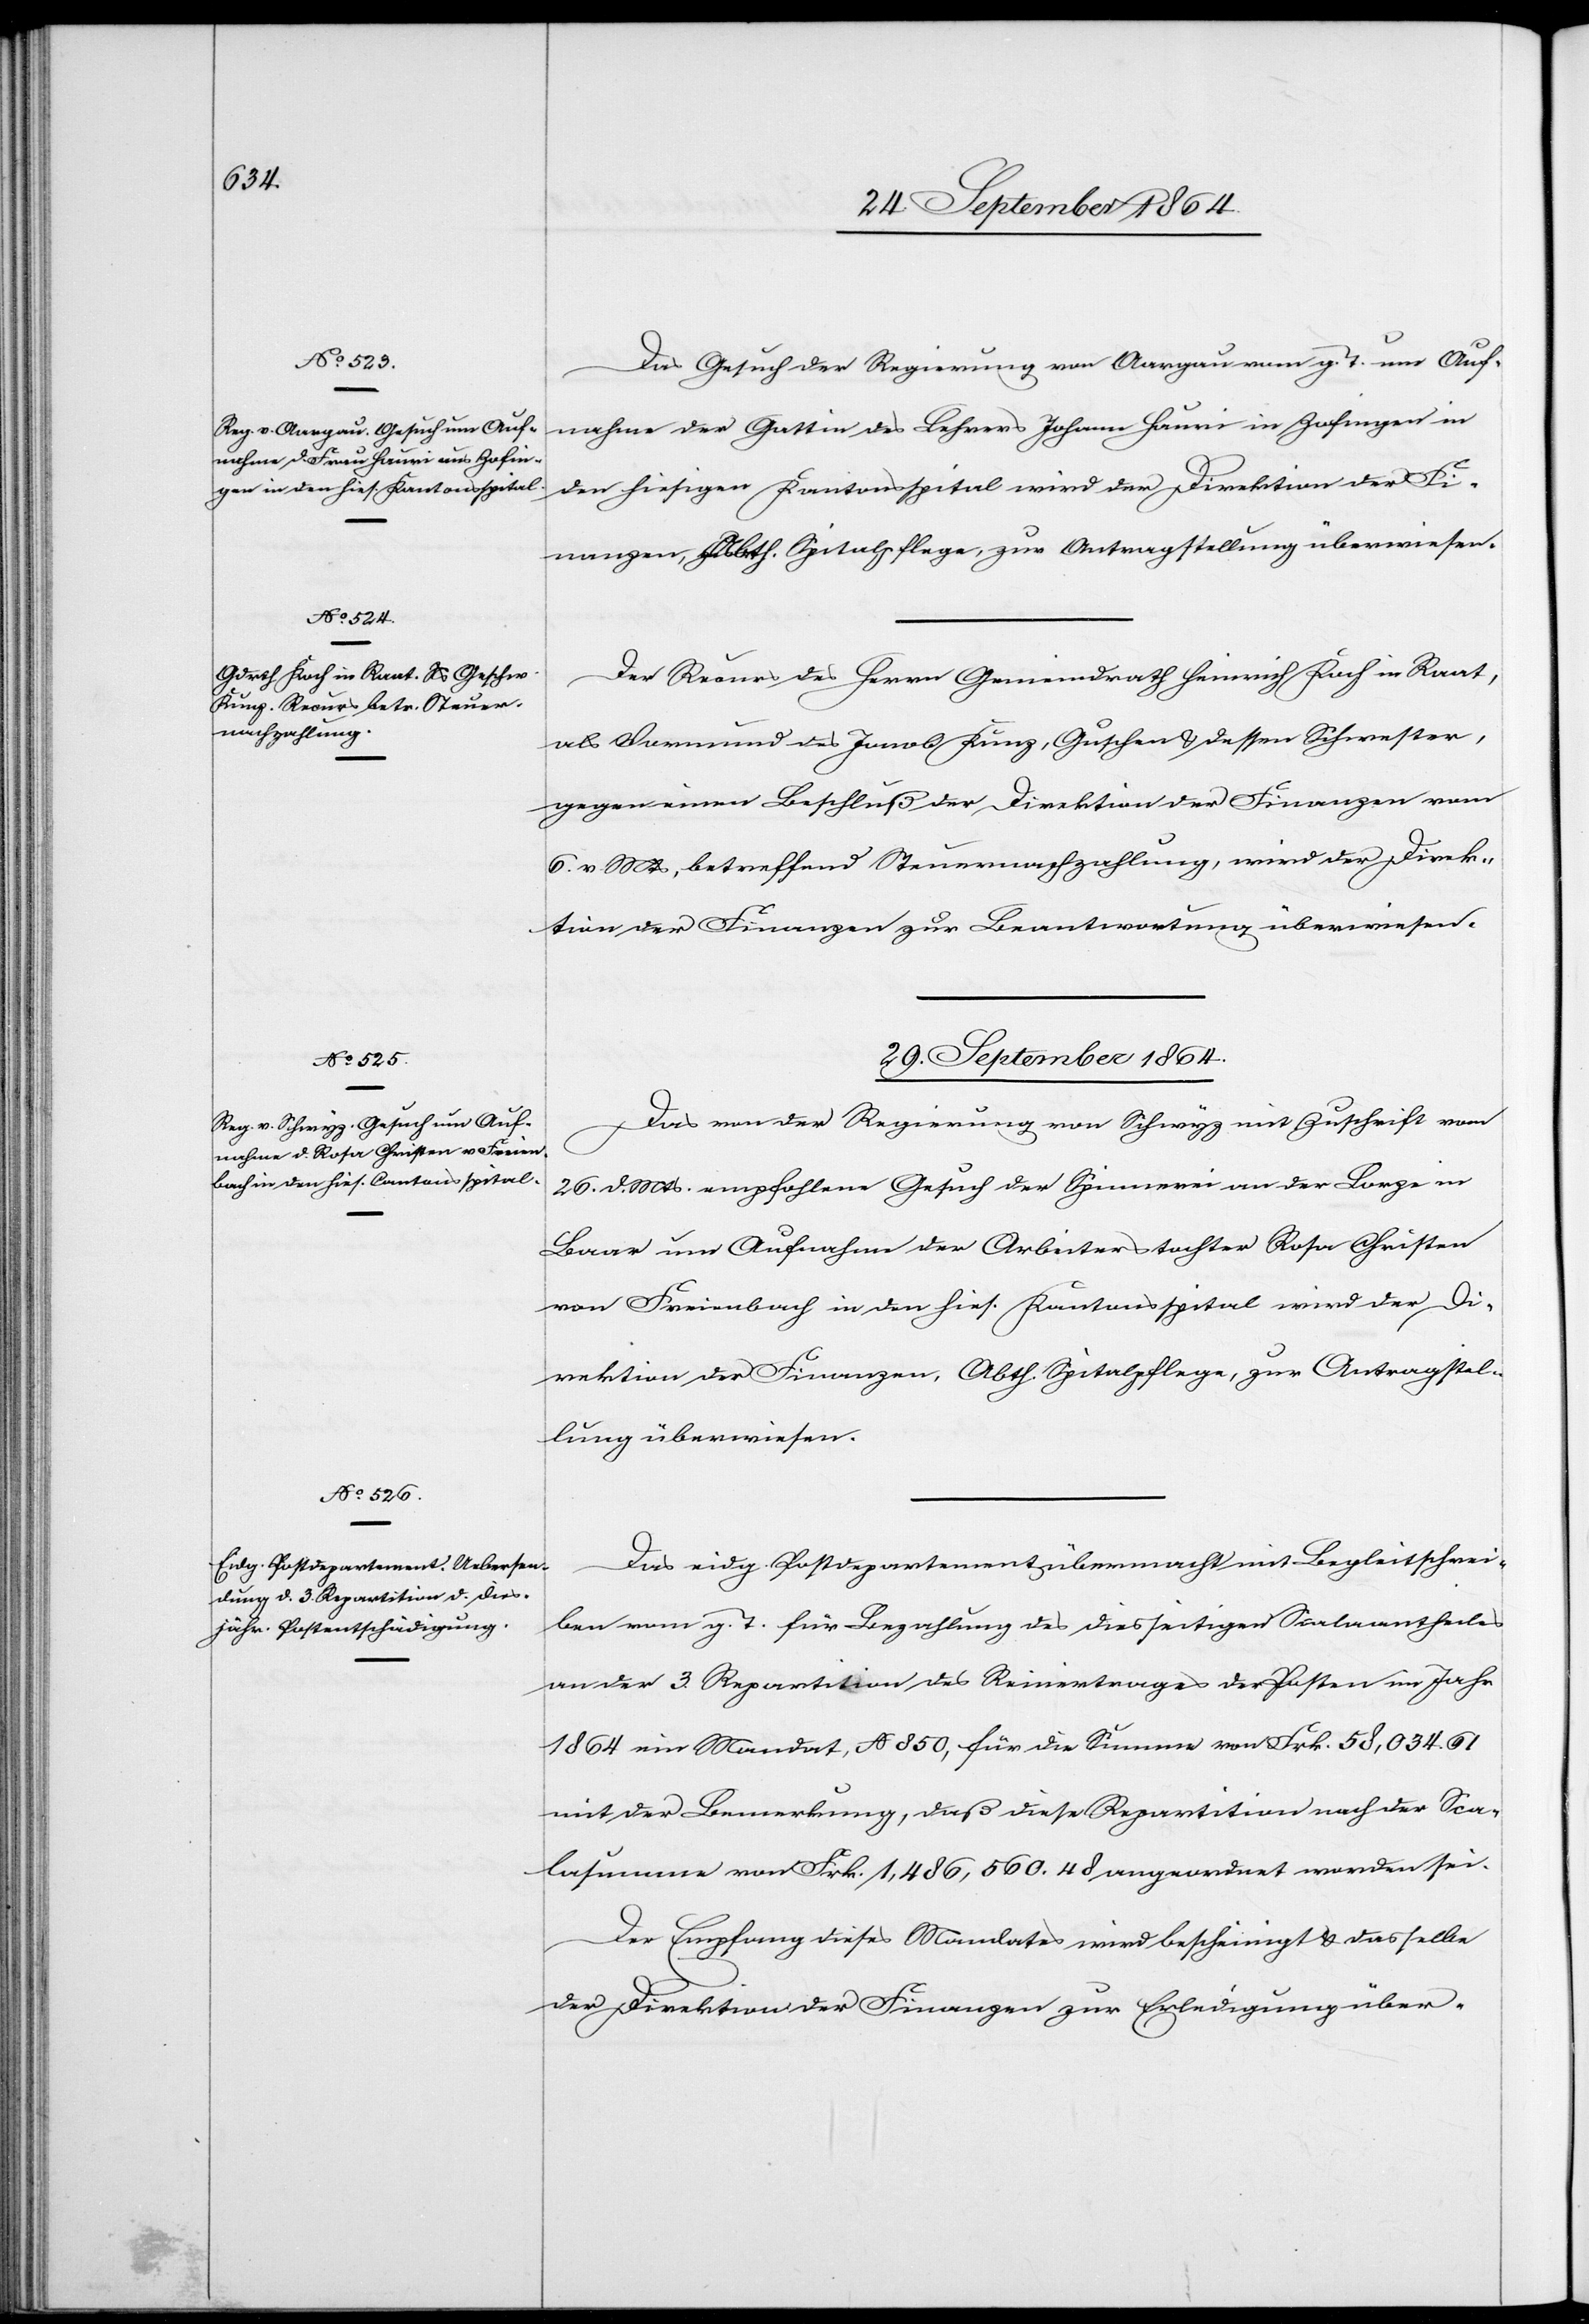
29. September 1864.]
Das Gesuch der Regierung von Aargau vom g. T. um Auf¬
nahme der Gattin des Lehrers Johann Hauri in Zofingen in
den hiesigen Kantonsspital wird der Direktion der Fi¬
nanzen, Abth. Spitalpflege zur Antragstellung überwiesen
Der Recurs des Herrn Gemeindrath Heinrich Koch in Raat,
als Vormund des Jacob Kunz, Guschen & dessen Schwester,
gegen einen Beschluß der Direktion der Finanzen vom
6. v. Mts, betreffend Steuernachzahlung, wird der Direk¬
tion der Finanzen zur Beantwortung überwiesen.
29. September 1864.
Das von der Regierung von Schwyz mit Zuschrift vom
26. d. Mts. empfohlene Gesuch der Spinnerei an der Lorze in
Baar um Aufnahme der Arbeiterstochter Rosa Christen
von Freienbach in den hies. Kantonsspital wird der Di¬
rektion der Finanzen, Abth. Spitalpflege, zur Antragstel¬
lung überwiesen.
Das eidg. Postdepartement übermacht mit Begleitschrei¬
ben vom g. T. für Bezahlung des diesseitigen Scalaantheiles
an der 3. Repartition des Reinertrages der Posten im Jahr
1864 ein Mandat, N 850, für die Summe von Frk. 58,034.61
mit der Bemerkung, daß diese Repartition nach der Sca¬
lasumme von Frk. 1,486,560.48 angeordnet worden sei.
Der Empfang dieses Mandates wird bescheinigt & dasselbe
der Direktion der Finanzen zur Erledigung über-